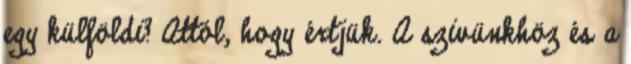
egy külföldi? Attól, hogy értjük. A szivünkhöz és a